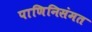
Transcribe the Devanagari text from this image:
पाणिनिसंमत